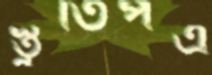
স্তুতিপত্র